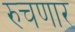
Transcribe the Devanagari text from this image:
रुचणार